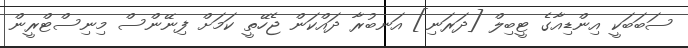
ސަބަބަކީ އިންޑިިއާގެ ޓީބިލް [ދަރަނި] އަނބުރާ ދައްކަން ޖެހޭތީ ކަމަށް ފިނޭންސް މިނިސްޓްރީން